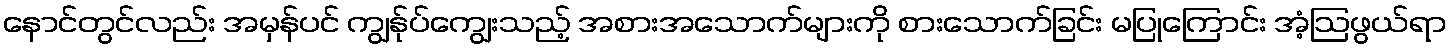
နောင်တွင်လည်း အမှန်ပင် ကျွန်ုပ်ကျွေးသည့် အစားအသောက်များကို စားသောက်ခြင်း မပြုကြောင်း အံ့ဩဖွယ်ရာ